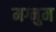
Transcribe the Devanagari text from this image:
मग्नुम